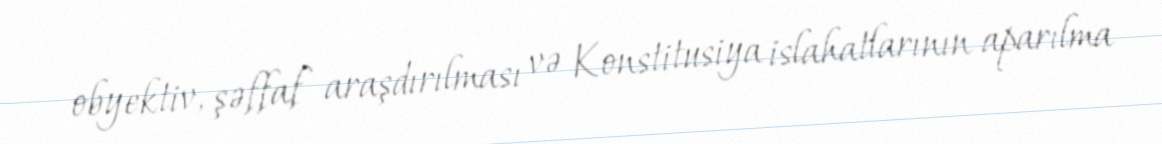
obyektiv, şəffaf araşdırılması və Konstitusiya islahatlarının aparılma